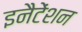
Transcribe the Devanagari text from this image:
इनैटेंशन